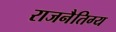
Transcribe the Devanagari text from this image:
राजनैतिग्य